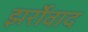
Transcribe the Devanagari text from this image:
झर्रोवाद